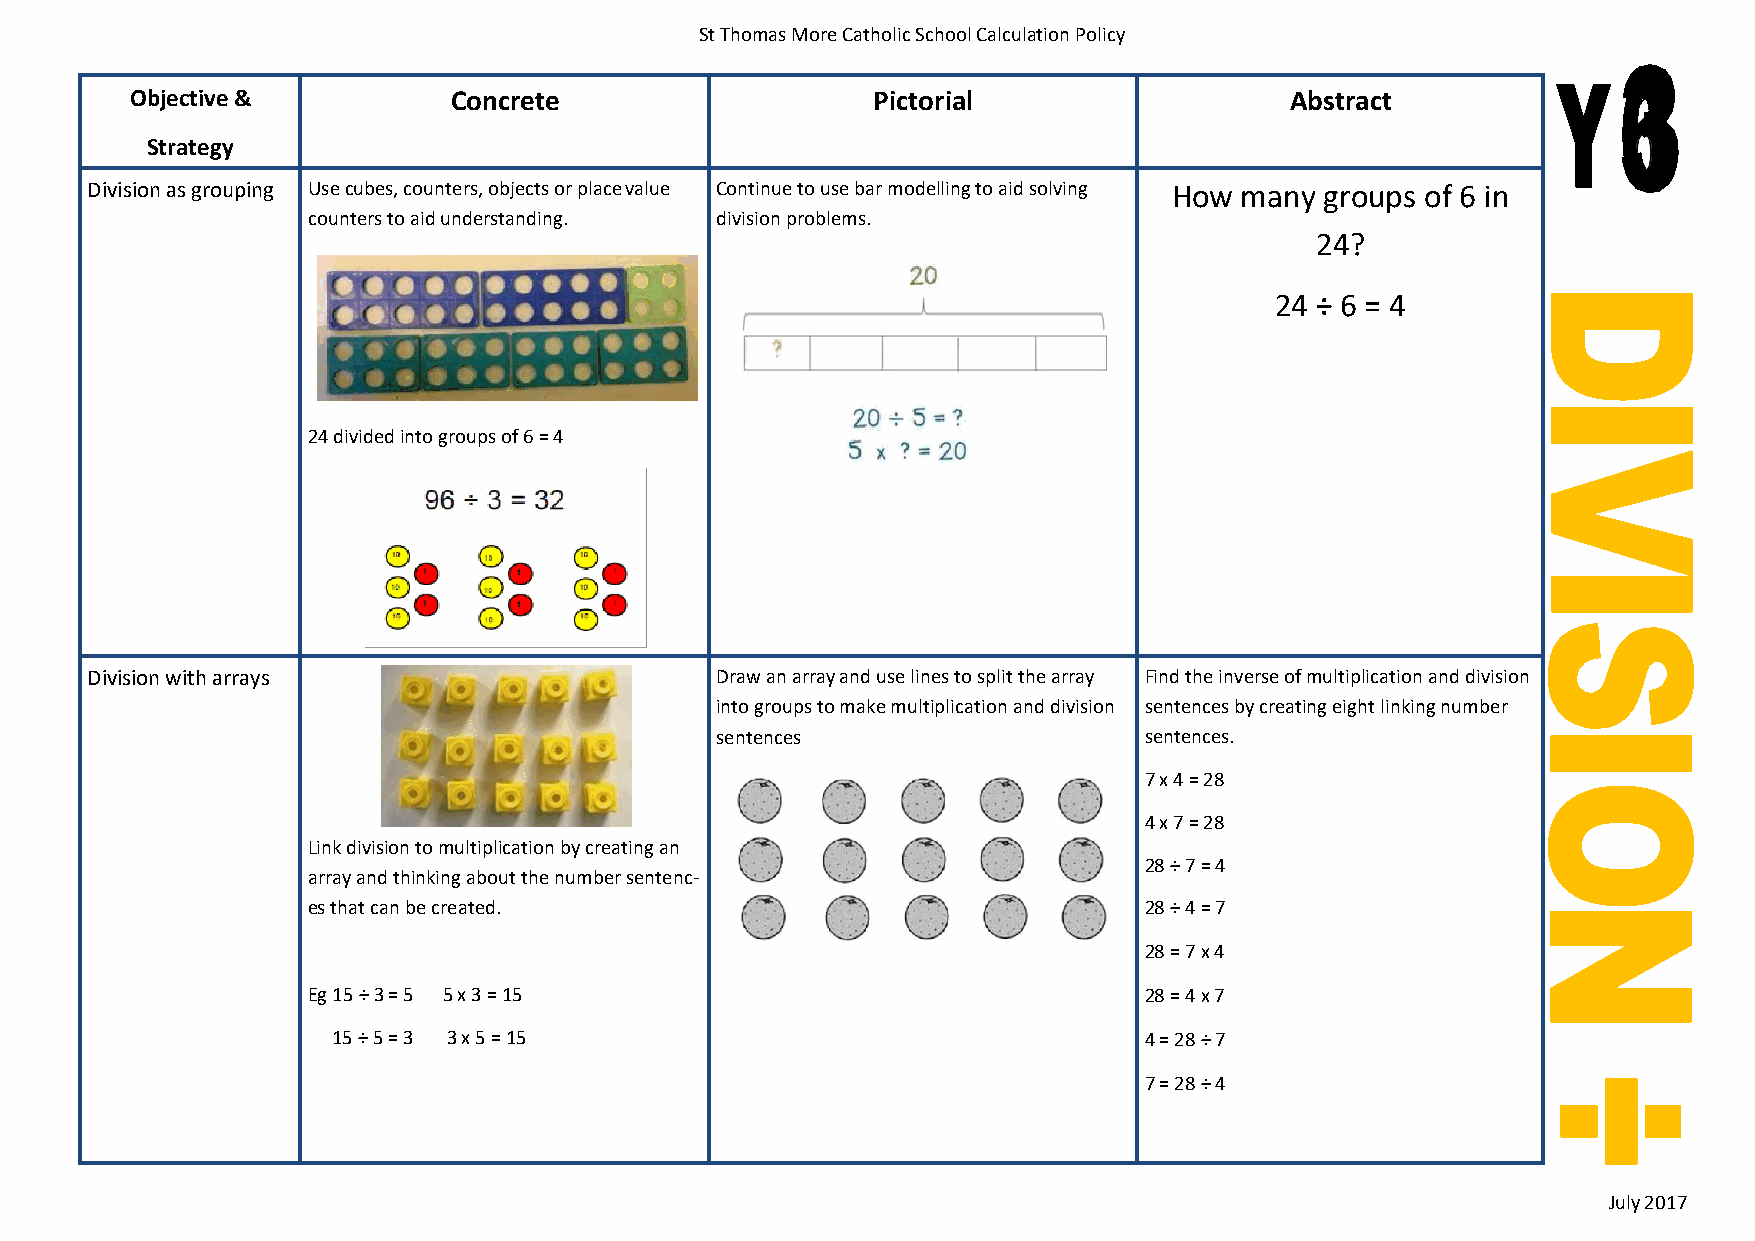
St Thomas More Catholic School Calculation Policy
 Objective &          Concrete                    Pictorial                  Abstract
 Strategy
 Division as grouping Use cubes, counters, objects or place value Continue to use bar modelling to aid solving How many groups of 6 in
 counters to aid understanding. division problems.
 24?
 24 ÷ 6 = 4
 24 divided into groups of 6 = 4
 Division with arrays                     Draw an array and use lines to split the array Find the inverse of multiplication and division
 into groups to make multiplication and division sentences by creating eight linking number
 sentences                    sentences.
 7 x 4 = 28
 4 x 7 = 28
 Link division to multiplication by creating an
 28 ÷ 7 = 4
 array and thinking about the number sentenc-
 es that can be created.                                 28 ÷ 4 = 7
 28 = 7 x 4
 Eg 15 ÷ 3 = 5 5 x 3 = 15                                28 = 4 x 7
 15 ÷ 5 = 3 3 x 5 = 15                                 4 = 28 ÷ 7
 7 = 28 ÷ 4
 July 2017